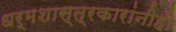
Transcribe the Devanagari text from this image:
धर्मशास्त्रकारांनीही